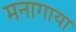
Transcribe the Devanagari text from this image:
मनागाया